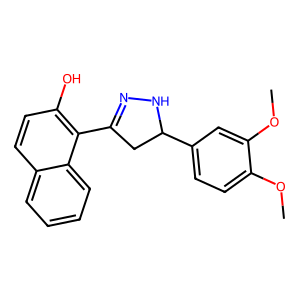
SMILES: COc1ccc(C2CC(c3c(O)ccc4ccccc34)=NN2)cc1OC
Inhibits HIV replication: No